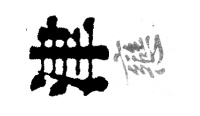
津戀